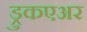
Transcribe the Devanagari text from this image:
ड्रुकएअर